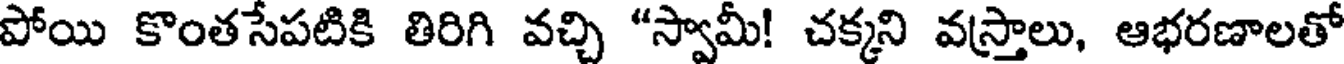
పోయి కొంతసేపటికి తిరిగి వచ్చి "స్వామీ! చక్కని వస్త్రాలు, ఆభరణాలతో